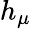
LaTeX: h_{\mu}